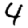
Digit: 4